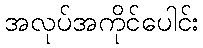
အလုပ်အကိုင်ပေါင်း